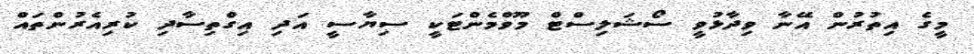
މީގެ އިތުރުން އޭނާ ވިދާޅުވީ ސޯޝަލިސްޓް މޫވްމެންޓަކީ ސިޔާސީ އަދި އިގްތިސާދި ކުރިއެރުންތައް